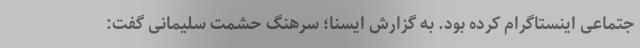
جتماعی اینستاگرام کرده بود. به گزارش ایسنا؛ سرهنگ حشمت سلیمانی گفت: